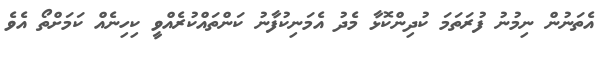
އެތަނުން ނިމުނު ފުރަތަމަ ކުދިންކޮޅާ މެދު އެމަނިކުފާނު ކަންތައްކުރެއްވީ ކިހިނެއް ކަމަށްތޯ އެވެ